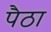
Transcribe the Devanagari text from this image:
पैठा